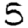
Digit: 5